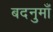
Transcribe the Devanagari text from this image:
बदनुमाँ